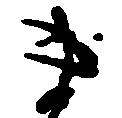
ま